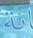
نة